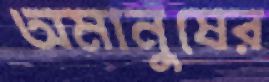
অমানুষের